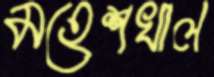
মহেশখাল